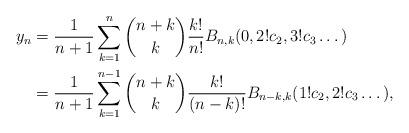
LaTeX: \begin{align*} y_n &=\frac{1}{n+1} \sum_{k=1}^{n} \binom{n+k}{k}\frac{k!}{n!} B_{n,k}(0,2!c_2,3!c_3\dots) \\ &=\frac{1}{n+1} \sum_{k=1}^{n-1} \binom{n+k}{k}\frac{k!}{(n-k)!} B_{n-k,k}(1!c_2,2!c_3\dots),\end{align*}